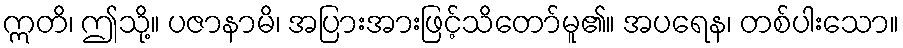
ဣတိ၊ ဤသို့။ ပဇာနာမိ၊ အပြားအားဖြင့်သိတော်မူ၏။ အပရေန၊ တစ်ပါးသော။